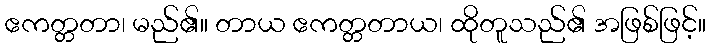
ဧကတ္တတာ၊ မည်၏။ တာယ ဧကတ္တတာယ၊ ထိုတူသည်၏ အဖြစ်ဖြင့်။